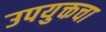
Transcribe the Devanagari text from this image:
उपयुक्तचा